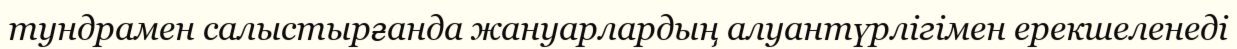
тундрамен салыстырғанда жануарлардың алуантүрлігімен ерекшеленеді